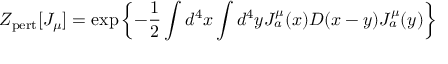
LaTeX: Z _ { \mathrm { p e r t } } [ J _ { \mu } ] = \exp \left\{ - { \frac { 1 } { 2 } } \int d ^ { 4 } x \int d ^ { 4 } y J _ { a } ^ { \mu } ( x ) D ( x - y ) J _ { a } ^ { \mu } ( y ) \right\}